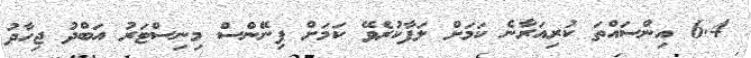
6.4 އިންސައްތަ ކުރިއަރާނެ ކަމަށް ލަފާކުރެވޭ ކަމަށް ފިނޭންސް މިނިސްޓަރު އަބްދު ޖިހާދު